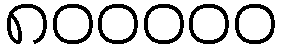
၈၀၀၀၀၀